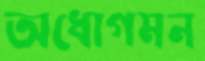
অধোগমন